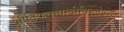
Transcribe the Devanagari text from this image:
भौतिकतावादीविश्लेषण